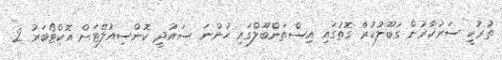
ތުރުކީ ސަރުކާރުން ގަބޫލުކުރާ ގޮތުގައި އިސްތަންބޫލްގައި ހުންނަ ސައުދީ ކޮންސިއުލޭޓަށް އޮކްޓޯބަރު 2